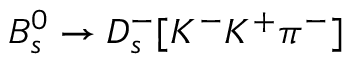
B _ { s } ^ { 0 } \to D _ { s } ^ { - } [ K ^ { - } K ^ { + } \pi ^ { - } ]